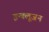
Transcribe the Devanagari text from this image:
इन्क्लूजन